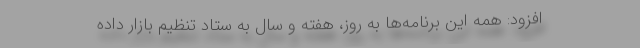
افزود: همه این برنامه‌ها به روز، هفته و سال به ستاد تنظیم بازار داده